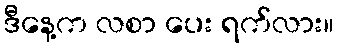
ဒီနေ့က လစာ ပေး ရက်လား။